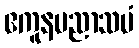
ဧကူနပညာသမံ